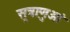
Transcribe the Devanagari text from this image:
सूत्राणुओं